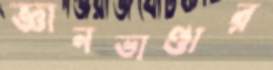
জ্ঞানভাণ্ডার